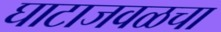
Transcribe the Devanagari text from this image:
घाटाजवळचा